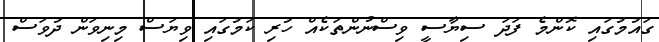
ގައުމުގައި ކޮންމެ ފަދަ ސިޔާސީ ވިސްނުންތަކެއް ހުރި ކަމުގައި ވިޔަސް މިނިވަން ދުވަސް